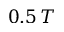
0 . 5 \, T